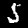
Digit: 5